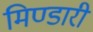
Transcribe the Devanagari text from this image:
मिण्डारी